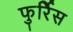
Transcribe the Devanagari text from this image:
फुर्रिेस